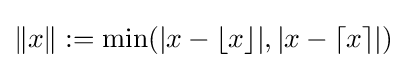
\Vert x\Vert :=\min(|x-\lfloor x\rfloor |,|x-\lceil x\rceil |)